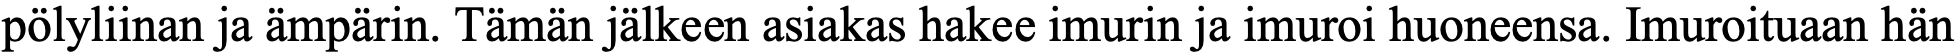
pölyliinan ja ämpärin. Tämän jälkeen asiakas hakee imurin ja imuroi huoneensa. Imuroituaan hän